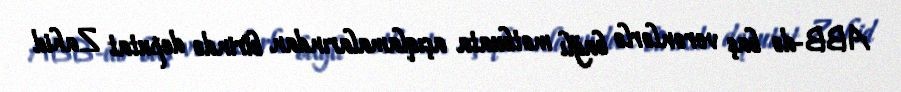
ABB-də baş verənlərlə bağlı mətbuata açıqlamalarından birində deputat Zahid